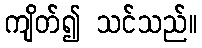
ကျိတ်၍ သင်သည်။